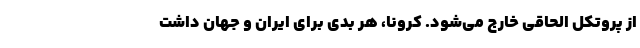
از پروتکل الحاقی خارج می‌شود. کرونا، هر بدی برای ایران و جهان داشت